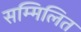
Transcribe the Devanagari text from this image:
सम्मिलित